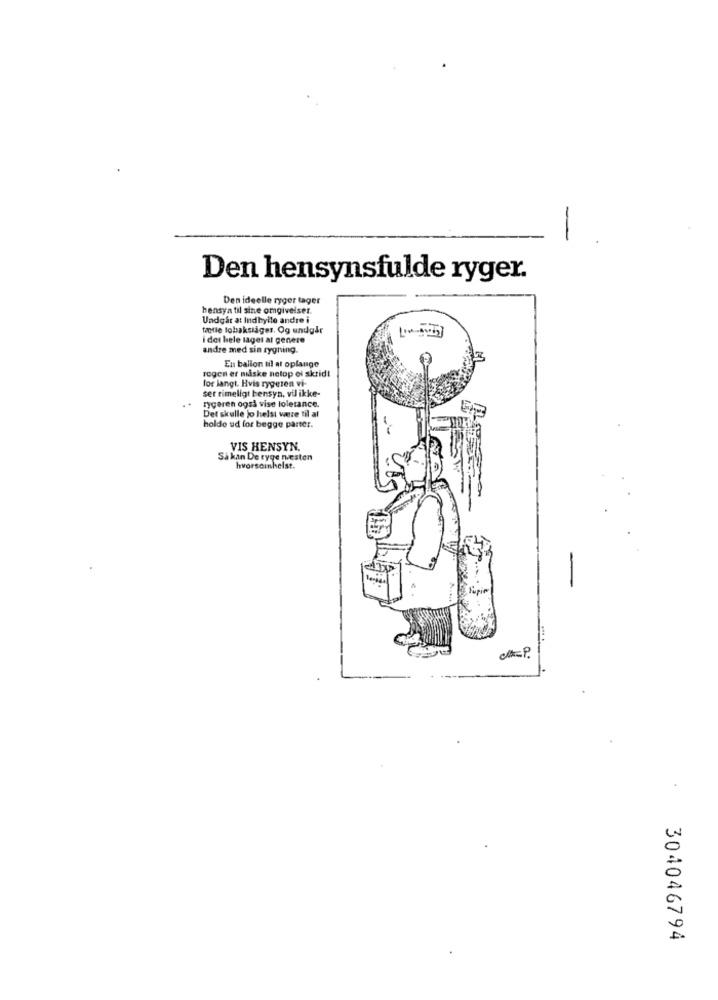
-
Den hensynsfulde ryger.
Den ideelle ryger tager
hensyn til sine omgivelser.
Undgår at Indhylle andre i
tæetle tobakssäger. Og undgår
i det hele taget at genere
andre med sin rygning.
En balion til at oplange
rogen er nuiske netop ei skrid!
ser rimeligt hensyn, vil ikke-
lor langt. Hvis rygeten vi-
rygeren også vise loletance.
Det skulle jo helst were til at
holde ud for begge parter.
VIS HENSYN.
Så kan De ryge nesten
hvorsoinhelst.
....
304046794